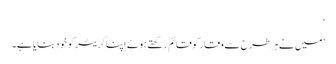
‘
’میں نے ہر طرح سے وقار کو قائم رکھتے ہوئے اپنا کریئر کو خود بنایا ہے۔